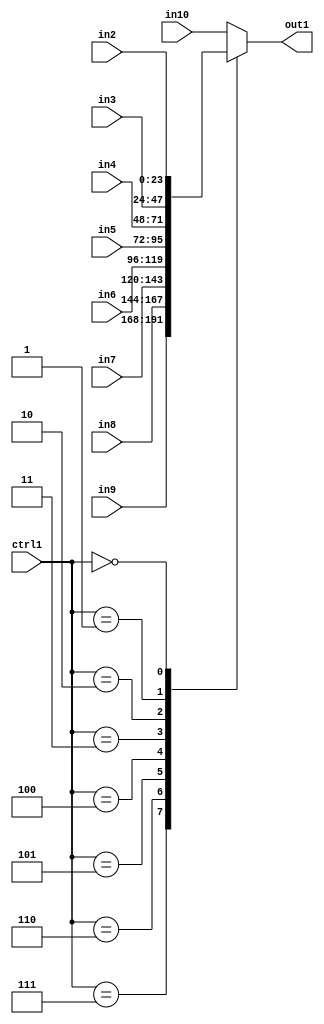
`timescale 1ps / 1ps
/*****************************************************************************
    Verilog RTL Description
    
    
    Created by: Stratus DpOpt 21.05.01 
*******************************************************************************/

module SobelFilter_N_Mux_24_9_2_1 (
	in10,
	in9,
	in8,
	in7,
	in6,
	in5,
	in4,
	in3,
	in2,
	ctrl1,
	out1
	); /* architecture "behavioural" */ 
input [23:0] in10,
	in9,
	in8,
	in7,
	in6,
	in5,
	in4,
	in3,
	in2;
input [3:0] ctrl1;
output [23:0] out1;
wire [23:0] asc001;

reg [23:0] asc001_tmp_0;
assign asc001 = asc001_tmp_0;
always @ (ctrl1 or in9 or in8 or in7 or in6 or in5 or in4 or in3 or in2 or in10) begin
	casez (ctrl1)
		4'B0111 : asc001_tmp_0 = in9 ;
		4'B0110 : asc001_tmp_0 = in8 ;
		4'B0101 : asc001_tmp_0 = in7 ;
		4'B0100 : asc001_tmp_0 = in6 ;
		4'B0011 : asc001_tmp_0 = in5 ;
		4'B0010 : asc001_tmp_0 = in4 ;
		4'B0001 : asc001_tmp_0 = in3 ;
		4'B0000 : asc001_tmp_0 = in2 ;
		default : asc001_tmp_0 = in10 ;
	endcase
end

assign out1 = asc001;
endmodule

/* CADENCE  vLHySQs= : u9/ySxbfrwZIxEzHVQQV8Q== ** DO NOT EDIT THIS LINE ******/